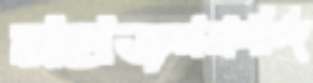
মহাজনকান্দি